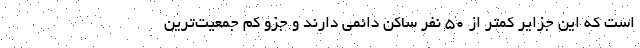
است که این جزایر کمتر از ۵۰ نفر ساکن دائمی دارند و جزو کم جمعیت‌ترین